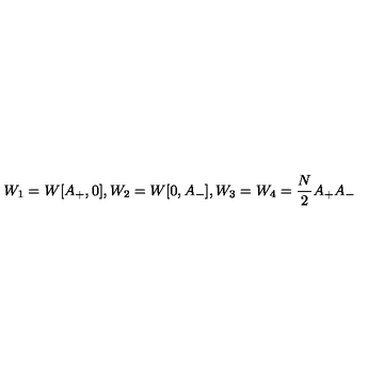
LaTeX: W _ { 1 } = W [ A _ { + } , 0 ] , W _ { 2 } = W [ 0 , A _ { - } ] , W _ { 3 } = W _ { 4 } = { \frac { N } { 2 } } A _ { + } A _ { - }